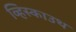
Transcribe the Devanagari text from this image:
व्हिस्काउथ